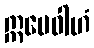
ဣမေဝါဟံ